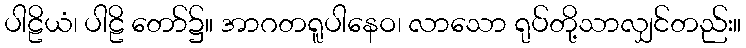
ပါဠိယံ၊ ပါဠိ တော်၌။ အာဂတရူပါနေဝ၊ လာသော ရုပ်တို့သာလျှင်တည်း။